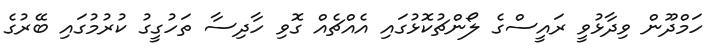
ހަމްދޫން ވިދާޅުވީ ރައީސްގެ ލޯންޗުކޮޅުގައި އެއްޗެއް ގޮވި ހާދިސާ ތަހުގީގު ކުރުމުގައި ބޭރުގެ